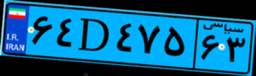
۶۴D۴۷۵۶۳